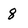
Character: 8